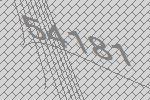
54181